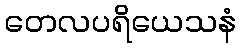
တေလပရိယေသနံ